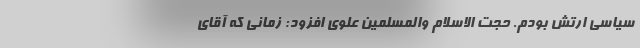
سیاسی ارتش بودم. حجت الاسلام والمسلمین علوی افزود: زمانی که آقای